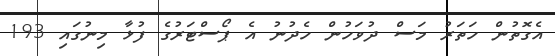
އެގޮތުން ހަތަރު މަސް ދުވަހުން ހެދުނު އެ ޕޯސްޓަރުގެ ފުޅާ މިނުގައި 193